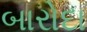
બારોદા